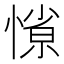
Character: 𭞜